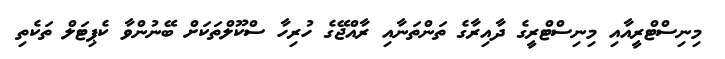
މިނިސްޓްރީއާއި މިނިސްޓްރީގެ ދާއިރާގެ ތަންތަނާއި ރާއްޖޭގެ ހުރިހާ ސްކޫލްތަކަށް ބޭނުންވާ ކެޕިޓަލް ތަކެތި